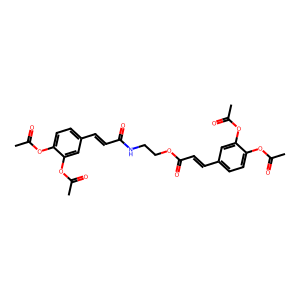
SMILES: CC(=O)Oc1ccc(C=CC(=O)NCCOC(=O)C=Cc2ccc(OC(C)=O)c(OC(C)=O)c2)cc1OC(C)=O
Inhibits HIV replication: No